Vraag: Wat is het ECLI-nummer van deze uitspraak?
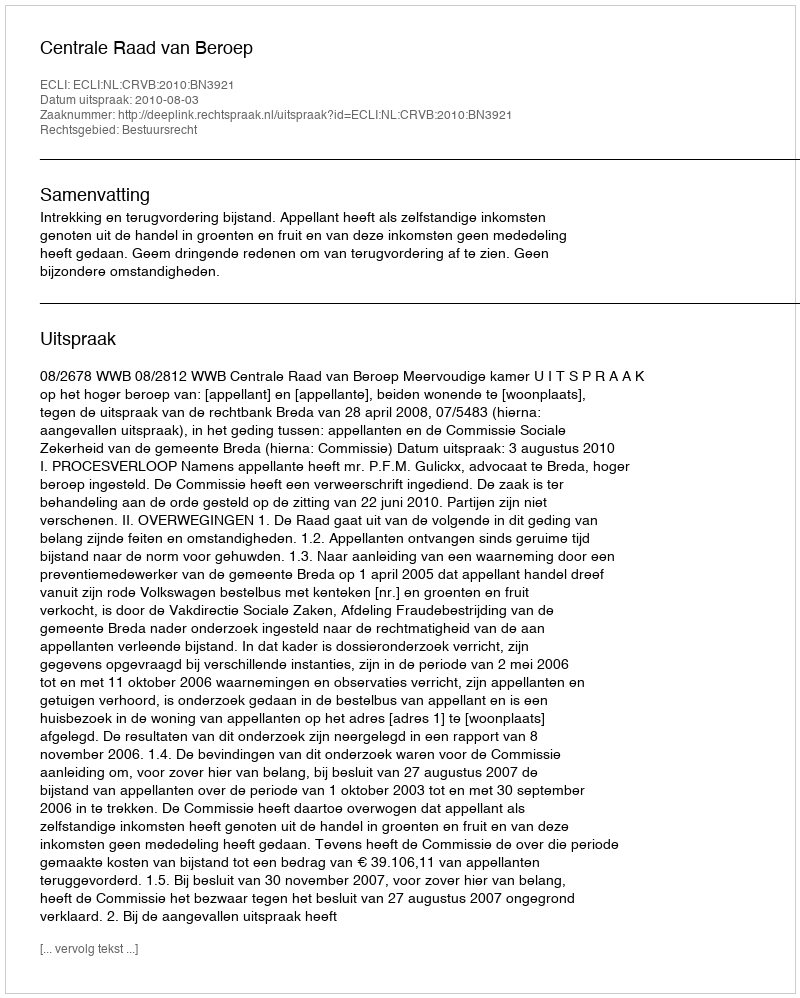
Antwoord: ECLI:NL:CRVB:2010:BN3921